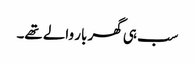
سب ہی گھر بار والے تھے۔